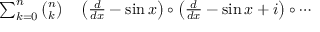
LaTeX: \begin{array} { r l } { \sum _ { k = 0 } ^ { n } { \binom { n } { k } } } & { { } \left( { \frac { d } { d x } } - \sin x \right) \circ \left( { \frac { d } { d x } } - \sin x + i \right) \circ \cdots } \end{array}